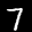
Digit: 7